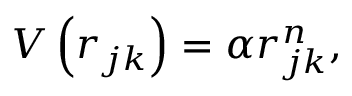
V \left( r _ { j k } \right) = \alpha r _ { j k } ^ { n } ,